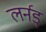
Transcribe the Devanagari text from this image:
लर्नड्